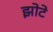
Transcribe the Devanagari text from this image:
झोटे